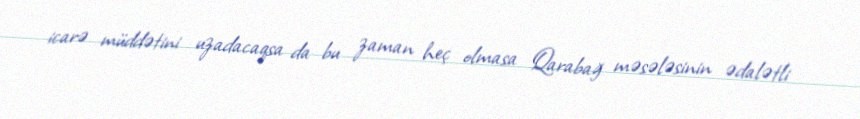
icarə müddətini uzadacaqsa da bu zaman heç olmasa Qarabağ məsələsinin ədalətli